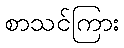
စာသင်ကြား